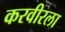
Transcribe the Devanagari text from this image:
करवीरला